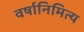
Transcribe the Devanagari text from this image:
वर्षानिमित्‍य